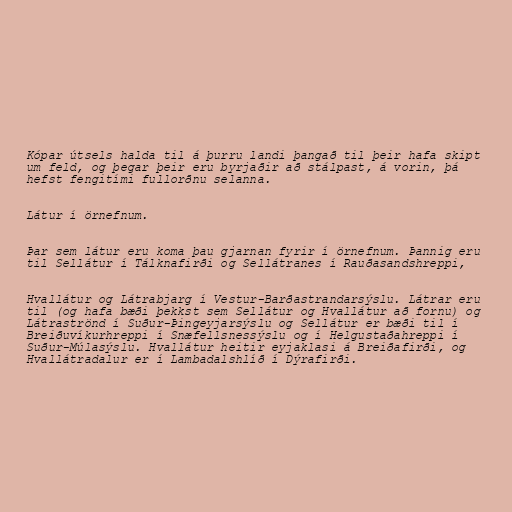
Kópar útsels halda til á þurru landi þangað til þeir hafa skipt
um feld, og þegar þeir eru byrjaðir að stálpast, á vorin, þá
hefst fengitími fullorðnu selanna.

Látur í örnefnum.

Þar sem látur eru koma þau gjarnan fyrir í örnefnum. Þannig eru
til Sellátur í Tálknafirði og Sellátranes í Rauðasandshreppi,

Hvallátur og Látrabjarg í Vestur-Barðastrandarsýslu. Látrar eru
til (og hafa bæði þekkst sem Sellátur og Hvallátur að fornu) og
Látraströnd í Suður-Þingeyjarsýslu og Sellátur er bæði til í
Breiðuvíkurhreppi í Snæfellsnessýslu og í Helgustaðahreppi í
Suður-Múlasýslu. Hvallátur heitir eyjaklasi á Breiðafirði, og
Hvallátradalur er í Lambadalshlíð í Dýrafirði.